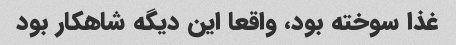
غذا سوخته بود، واقعا این دیگه شاهکار بود